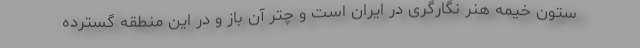
ستون خیمه هنر نگارگری در ایران است و چتر آن باز و در این منطقه گسترده